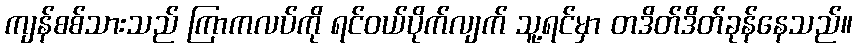
ကျန်စစ်သားသည် ကြာကလပ်ကို ရင်ဝယ်ပိုက်လျက် သူ့ရင်မှာ တဒိတ်ဒိတ်ခုန်နေသည်။